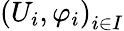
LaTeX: \left(U_{i},\varphi_{i}\right)_{i\in I}